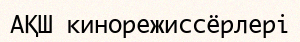
АҚШ кинорежиссёрлері